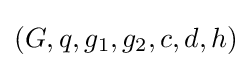
(G,q,g_{1},g_{2},c,d,h)